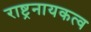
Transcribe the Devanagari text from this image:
राष्ट्रनायकत्व